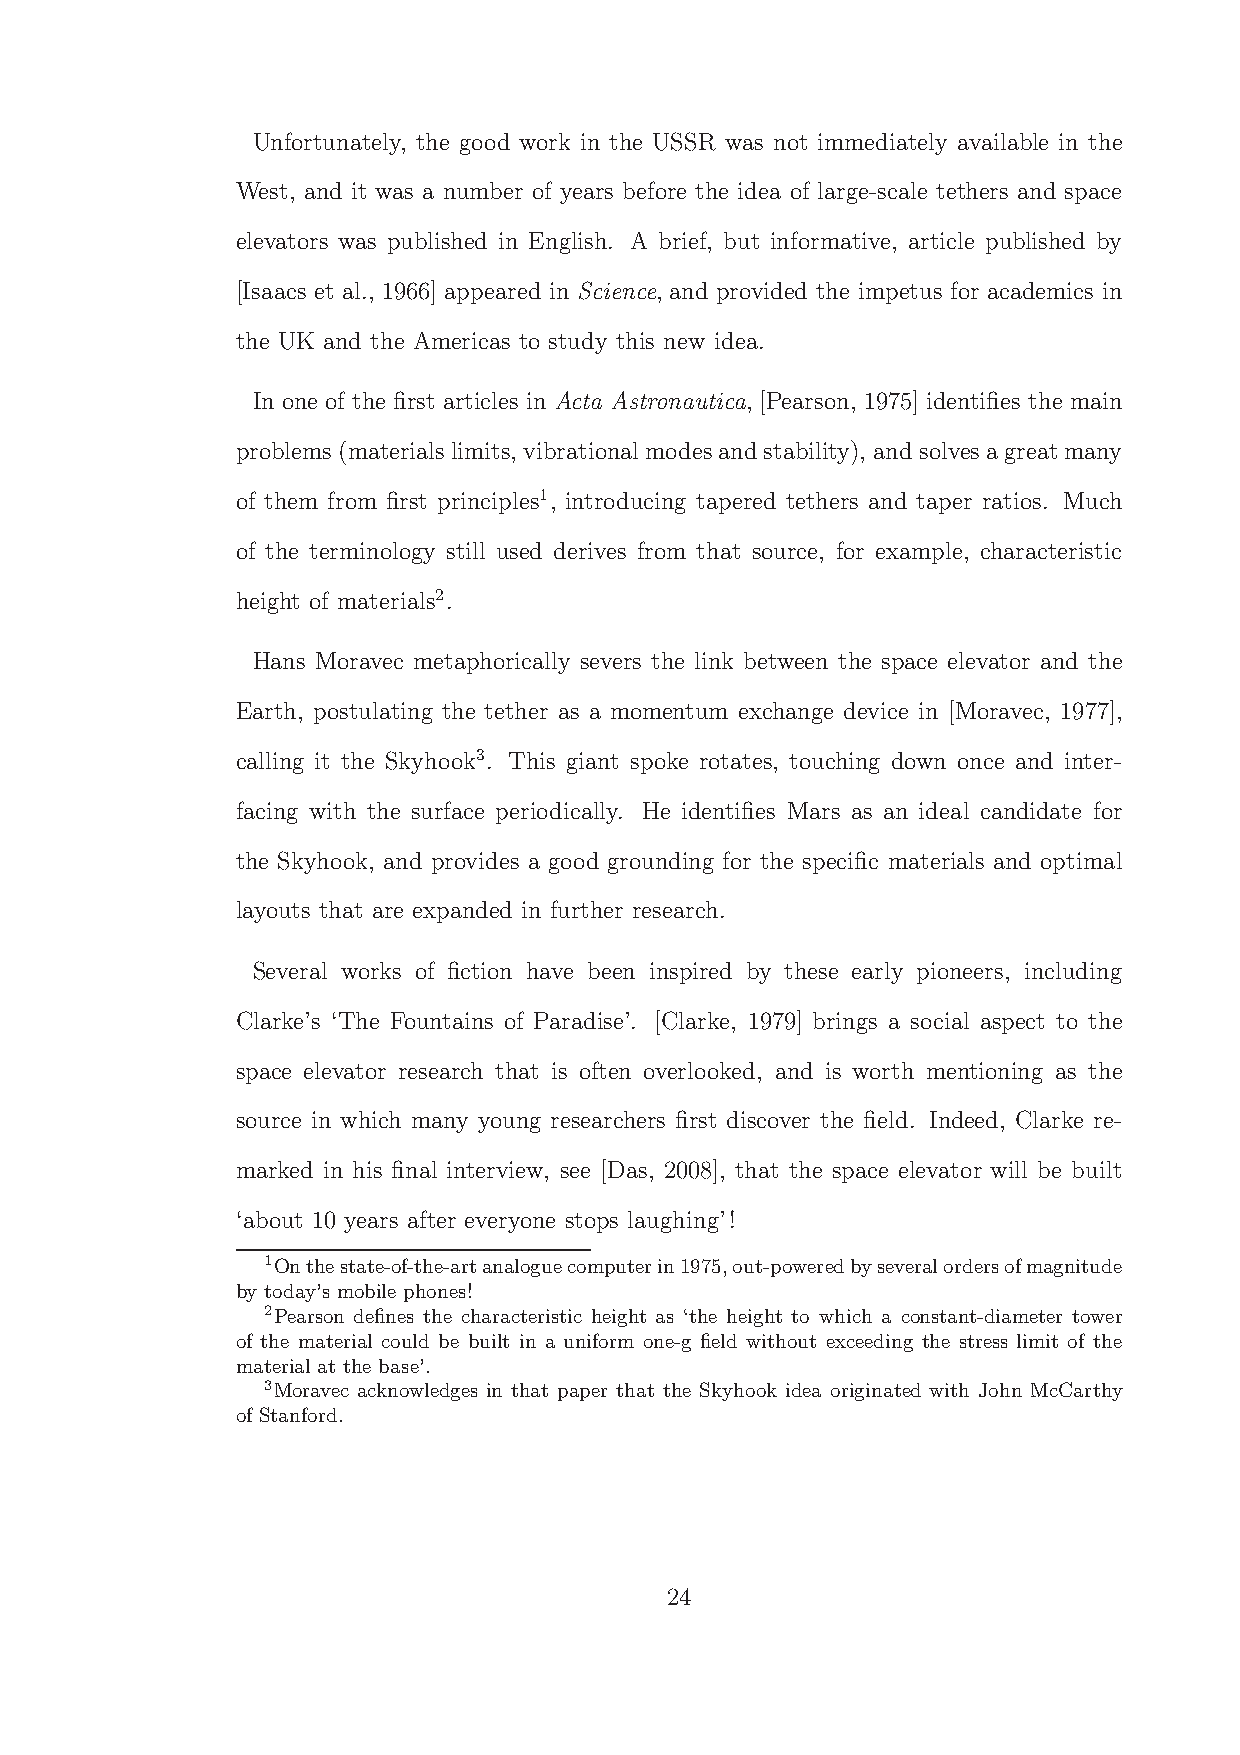
Unfortunately, the good work in the USSR was not immediately available in the
 West, and it was a number of years before the idea of large-scale tethers and space
 elevators was published in English. A brief, but informative, article published by
 [Isaacs et al., 1966] appeared in Science, and provided the impetus for academics in
 the UK and the Americas to study this new idea.
 In one of the first articles in Acta Astronautica, [Pearson, 1975] identifies the main
 problems(materialslimits, vibrationalmodesandstability), andsolvesagreatmany
 of them from first principles1, introducing tapered tethers and taper ratios. Much
 of the terminology still used derives from that source, for example, characteristic
 height of materials2.
 Hans Moravec metaphorically severs the link between the space elevator and the
 Earth, postulating the tether as a momentum exchange device in [Moravec, 1977],
 calling it the Skyhook3. This giant spoke rotates, touching down once and inter-
 facing with the surface periodically. He identifies Mars as an ideal candidate for
 the Skyhook, and provides a good grounding for the specific materials and optimal
 layouts that are expanded in further research.
 Several works of fiction have been inspired by these early pioneers, including
 Clarke’s ‘The Fountains of Paradise’. [Clarke, 1979] brings a social aspect to the
 space elevator research that is often overlooked, and is worth mentioning as the
 source in which many young researchers first discover the field. Indeed, Clarke re-
 marked in his final interview, see [Das, 2008], that the space elevator will be built
 ‘about 10 years after everyone stops laughing’!
 1Onthestate-of-the-artanaloguecomputerin1975,out-poweredbyseveralordersofmagnitude
 by today’s mobile phones!
 2Pearson defines the characteristic height as ‘the height to which a constant-diameter tower
 of the material could be built in a uniform one-g field without exceeding the stress limit of the
 material at the base’.
 3Moravec acknowledges in that paper that the Skyhook idea originated with John McCarthy
 of Stanford.
 24